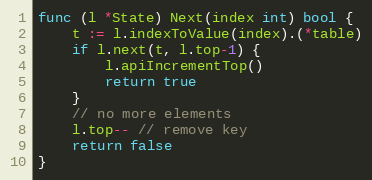
Language: Go
func (l *State) Next(index int) bool {
	t := l.indexToValue(index).(*table)
	if l.next(t, l.top-1) {
		l.apiIncrementTop()
		return true
	}
	// no more elements
	l.top-- // remove key
	return false
}